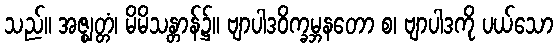
သည်။ အဇ္ဈတ္တံ၊ မိမိသန္တာန်၌။ ဗျာပါဒဝိက္ခမ္ဘနတော စ၊ ဗျာပါဒကို ပယ်သော